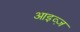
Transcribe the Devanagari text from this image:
आइव्ज़